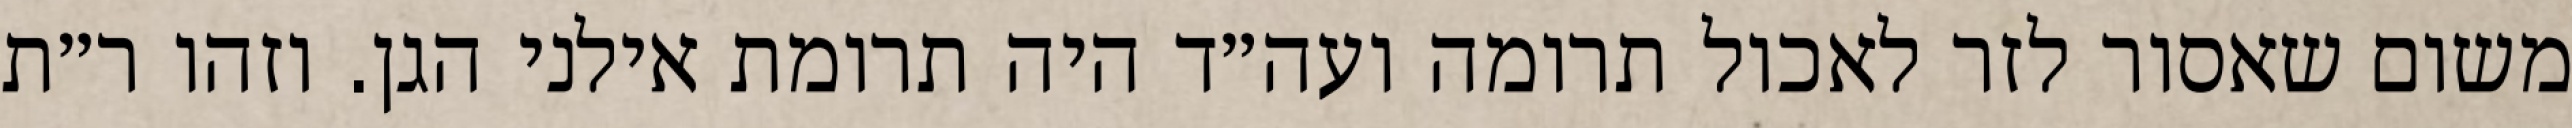
משום שאסור לזר לאכול תרומה ועה״ד היה תרומת אילני הגן. וזהו ר״ת